Senior Leaving Certificate Examination (including Day School Certificate (Higher) General paper), 1946
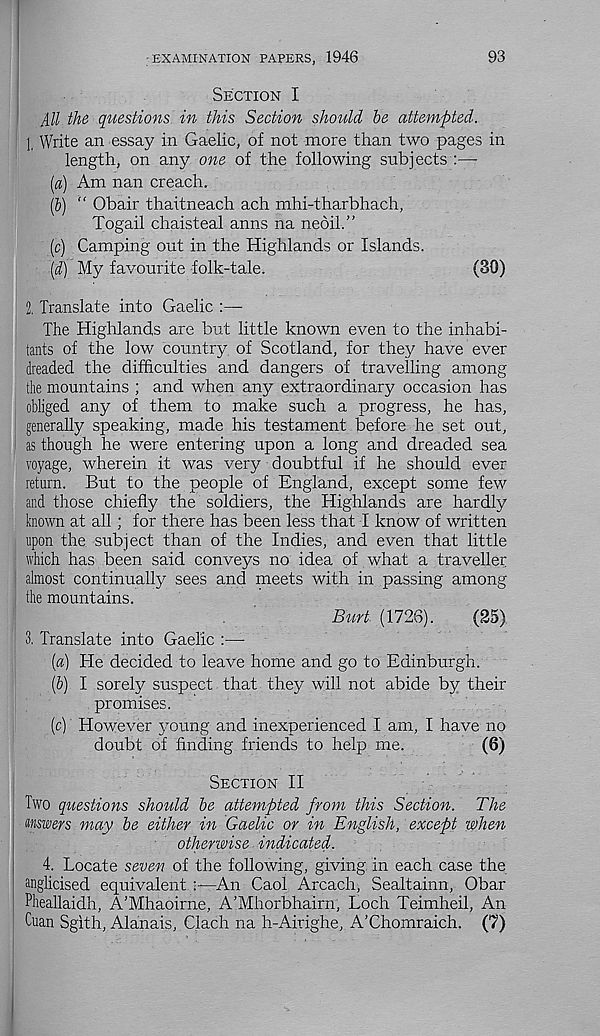
' EXAMINATION PAPERS, 1946
93
Section I
All the questions in this Section should he attempted.
1. Write an essay in Gaelic, of not more than two pages in
length, on any one of the following subjects :—-
(a) Am nan creach.
(&) “ Obair thaitneach ach mhi-tharbhach,
Togail chaisteal anns na neoil.”
(c) Camping out in the Highlands or Islands.
[d) My favourite folk-tale.
(30)
2. Translate into Gaelic :—
The Highlands are but little known even to the inhabi-
tants of the low country, of Scotland, for they have ever
dreaded the difficulties and dangers of travelling among
the mountains ; and when any extraordinary occasion has
obliged any of them to make such a progress, he has,
generally speaking, made his testament before he set out,
as though he were entering upon a long and dreaded sea
voyage, wherein it was very doubtful if he should ever
return. But to the people of England, except some few
and those chiefly the soldiers, the Highlands are hardly
known at all; for there has been less that I know of written
upon the subject than of the Indies, and even that little
which has been said conveys no idea of what a traveller
almost continually sees and meets with in passing among
the mountains.
Burt (1726).
(25)
3. Translate into Gaelic :—
[a] He decided to leave home and go to Edinburgh.
(&) I sorely suspect that they will not abide by their
promises.
(c) However young and inexperienced I am, I have no
doubt of finding friends to help me.
(6)
Section II
Two questions should he attempted from this Section. The
mwers may he either in Gaelic or in English, except when
otherwise indicated.
4. Locate seven of the following, giving in each case the
anglicised equivalent
An Caol Arcach, Sealtainn, Obar
Pheallaidh, A’Mhaoirne, A’Mhorbhairn, Loch Teimheil, An
Cuan Sgith, Alanais, Clach na h-Airighe, A’Chomraich. (7)